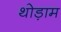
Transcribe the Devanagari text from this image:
थोड़ाम